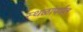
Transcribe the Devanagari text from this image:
स्थळांपर्यंत